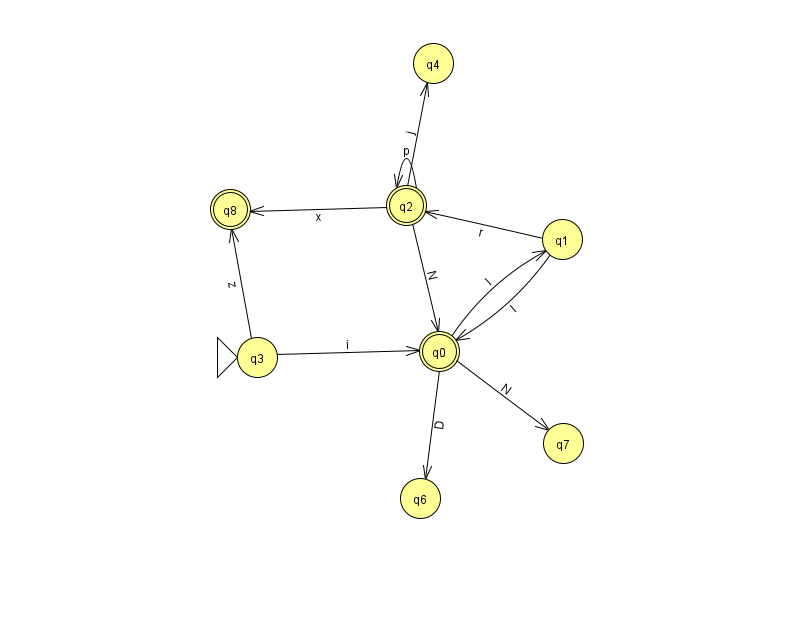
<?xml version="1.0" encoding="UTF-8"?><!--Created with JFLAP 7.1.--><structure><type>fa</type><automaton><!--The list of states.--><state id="0" name="q0"><x>439.0</x><y>338.0</y><final/></state><state id="1" name="q1"><x>562.0</x><y>226.0</y></state><state id="2" name="q2"><x>406.0</x><y>192.0</y><final/></state><state id="3" name="q3"><x>257.0</x><y>344.0</y><initial/></state><state id="4" name="q4"><x>433.0</x><y>50.0</y></state><state id="6" name="q6"><x>420.0</x><y>485.0</y></state><state id="7" name="q7"><x>563.0</x><y>430.0</y></state><state id="8" name="q8"><x>230.0</x><y>196.0</y><final/></state><!--The list of transitions.--><transition><from>2</from><to>2</to><read>p</read></transition><transition><from>2</from><to>8</to><read>x</read></transition><transition><from>1</from><to>2</to><read>r</read></transition><transition><from>3</from><to>8</to><read>z</read></transition><transition><from>1</from><to>0</to><read>l</read></transition><transition><from>2</from><to>4</to><read>j</read></transition><transition><from>0</from><to>6</to><read>D</read></transition><transition><from>3</from><to>0</to><read>i</read></transition><transition><from>0</from><to>1</to><read>I</read></transition><transition><from>0</from><to>7</to><read>N</read></transition><transition><from>2</from><to>0</to><read>N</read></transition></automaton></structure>